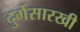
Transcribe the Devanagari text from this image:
दुर्गेसारखी